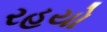
રહયો